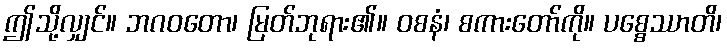
ဤသို့လျှင်။ ဘဂဝတော၊ မြတ်ဘုရား၏။ ဝစနံ၊ စကားတော်ကို။ ပစ္စေဿာတိ၊